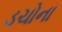
ડચોના